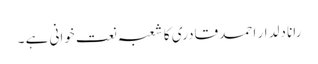
رانا دلدار احمد قادری کا شعبہ نعت خوانی ہے ۔